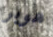
هوبر